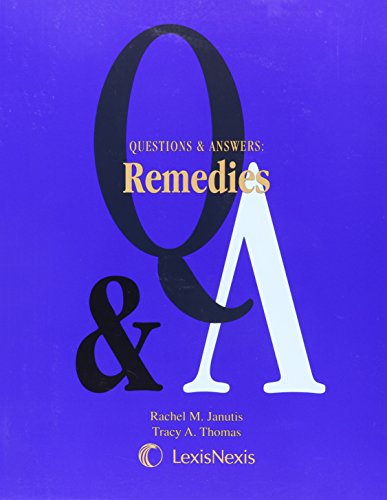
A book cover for Questions and Answers: Remedies; Rachel M. Janutis; Law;